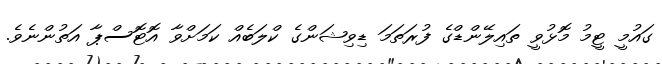
ގައުމީ ޓީމު މޮޅުވީ ތައިލޭންޑްގެ ފުރަތަމަ ޑިވިޝަންގެ ކްލަބެއް ކަމަށްވާ އޮޓޮސްޕާ އަތުންނެވެ.